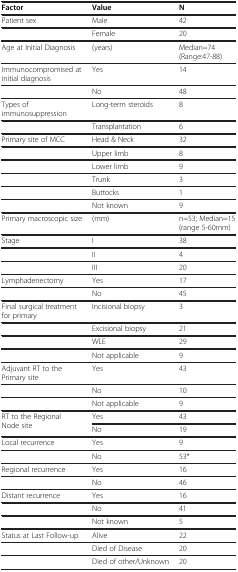
<table><thead><tr><td><b>Factor</b></td><td><b>Value</b></td><td><b>N</b></td></tr></thead><tbody><tr><td>Patient sex</td><td>Male</td><td>42</td></tr><tr><td> </td><td>Female</td><td>20</td></tr><tr><td>Age at Initial Diagnosis</td><td>(years)</td><td>Median=74 (Range:47-88)</td></tr><tr><td>Immunocompromised at initial diagnosis</td><td>Yes</td><td>14</td></tr><tr><td> </td><td>No</td><td>48</td></tr><tr><td>Types of immunosuppression</td><td>Long-term steroids</td><td>8</td></tr><tr><td> </td><td>Transplantation</td><td>6</td></tr><tr><td>Primary site of MCC</td><td>Head &amp; Neck</td><td>32</td></tr><tr><td> </td><td>Upper limb</td><td>8</td></tr><tr><td> </td><td>Lower limb</td><td>9</td></tr><tr><td> </td><td>Trunk</td><td>3</td></tr><tr><td> </td><td>Buttocks</td><td>1</td></tr><tr><td> </td><td>Not known</td><td>9</td></tr><tr><td>Primary macroscopic size</td><td>(mm)</td><td>n=53; Median=15 (range 5-60mm)</td></tr><tr><td>Stage</td><td>I</td><td>38</td></tr><tr><td> </td><td>II</td><td>4</td></tr><tr><td> </td><td>III</td><td>20</td></tr><tr><td>Lymphadenectomy</td><td>Yes</td><td>17</td></tr><tr><td> </td><td>No</td><td>45</td></tr><tr><td>Final surgical treatment for primary</td><td>Incisional biopsy</td><td>3</td></tr><tr><td> </td><td>Excisional biopsy</td><td>21</td></tr><tr><td> </td><td>WLE</td><td>29</td></tr><tr><td> </td><td>Not applicable</td><td>9</td></tr><tr><td>Adjuvant RT to the Primary site</td><td>Yes</td><td>43</td></tr><tr><td> </td><td>No</td><td>10</td></tr><tr><td> </td><td>Not applicable</td><td>9</td></tr><tr><td rowspan="2">RT to the Regional Node site</td><td>Yes</td><td>43</td></tr><tr><td>No</td><td>19</td></tr><tr><td>Local recurrence</td><td>Yes</td><td>9</td></tr><tr><td> </td><td>No</td><td>53*</td></tr><tr><td>Regional recurrence</td><td>Yes</td><td>16</td></tr><tr><td> </td><td>No</td><td>46</td></tr><tr><td>Distant recurrence</td><td>Yes</td><td>16</td></tr><tr><td> </td><td>No</td><td>41</td></tr><tr><td> </td><td>Not known</td><td>5</td></tr><tr><td>Status at Last Follow-up</td><td>Alive</td><td>22</td></tr><tr><td> </td><td>Died of Disease</td><td>20</td></tr><tr><td> </td><td>Died of other/Unknown</td><td>20</td></tr></tbody></table>